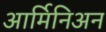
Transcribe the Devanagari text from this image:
आर्मिनिअन